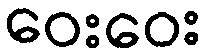
ဝေးဝေး